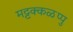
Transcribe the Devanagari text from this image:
मट्टक्कळप्पु